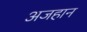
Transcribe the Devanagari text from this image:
अजहान